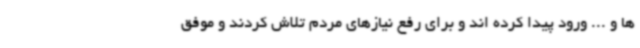
ها و ... ورود پیدا کرده اند و برای رفع نیازهای مردم تلاش کردند و موفق